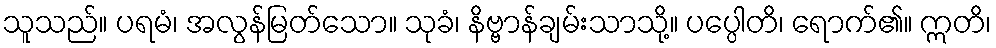
သူသည်။ ပရမံ၊ အလွန်မြတ်သော။ သုခံ၊ နိဗ္ဗာန်ချမ်းသာသို့။ ပပ္ပေါတိ၊ ရောက်၏။ ဣတိ၊